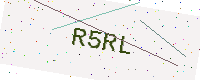
Text: R5RL